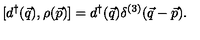
[ d ^ { \dagger } ( \vec { q } ) , \rho ( \vec { p } ) ] = d ^ { \dagger } ( \vec { q } ) \delta ^ { ( 3 ) } ( \vec { q } - \vec { p } ) .